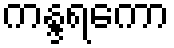
ကန္ဒရကော